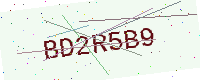
Text: BD2R5B9